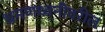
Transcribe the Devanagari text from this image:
भ्रमणध्वनीवरील